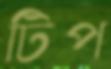
টিপ